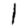
Digit: 1